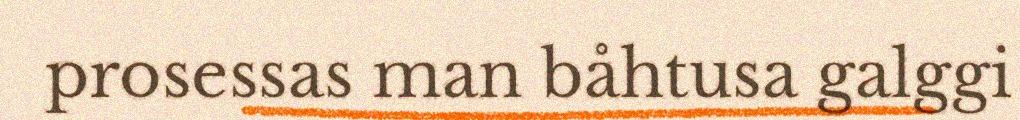
prosessas man båhtusa galggi